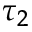
\tau _ { 2 }